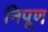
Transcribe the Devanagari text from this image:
निपूण